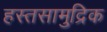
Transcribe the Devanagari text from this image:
हस्तसामुद्रिक